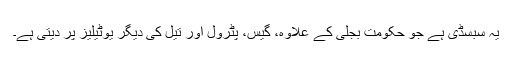
یہ سبسڈی ہے جو حکومت بجلی کے علاوہ، گیس، پٹرول اور تیل کی دیگر یوٹیلیز پر دیتی ہے۔